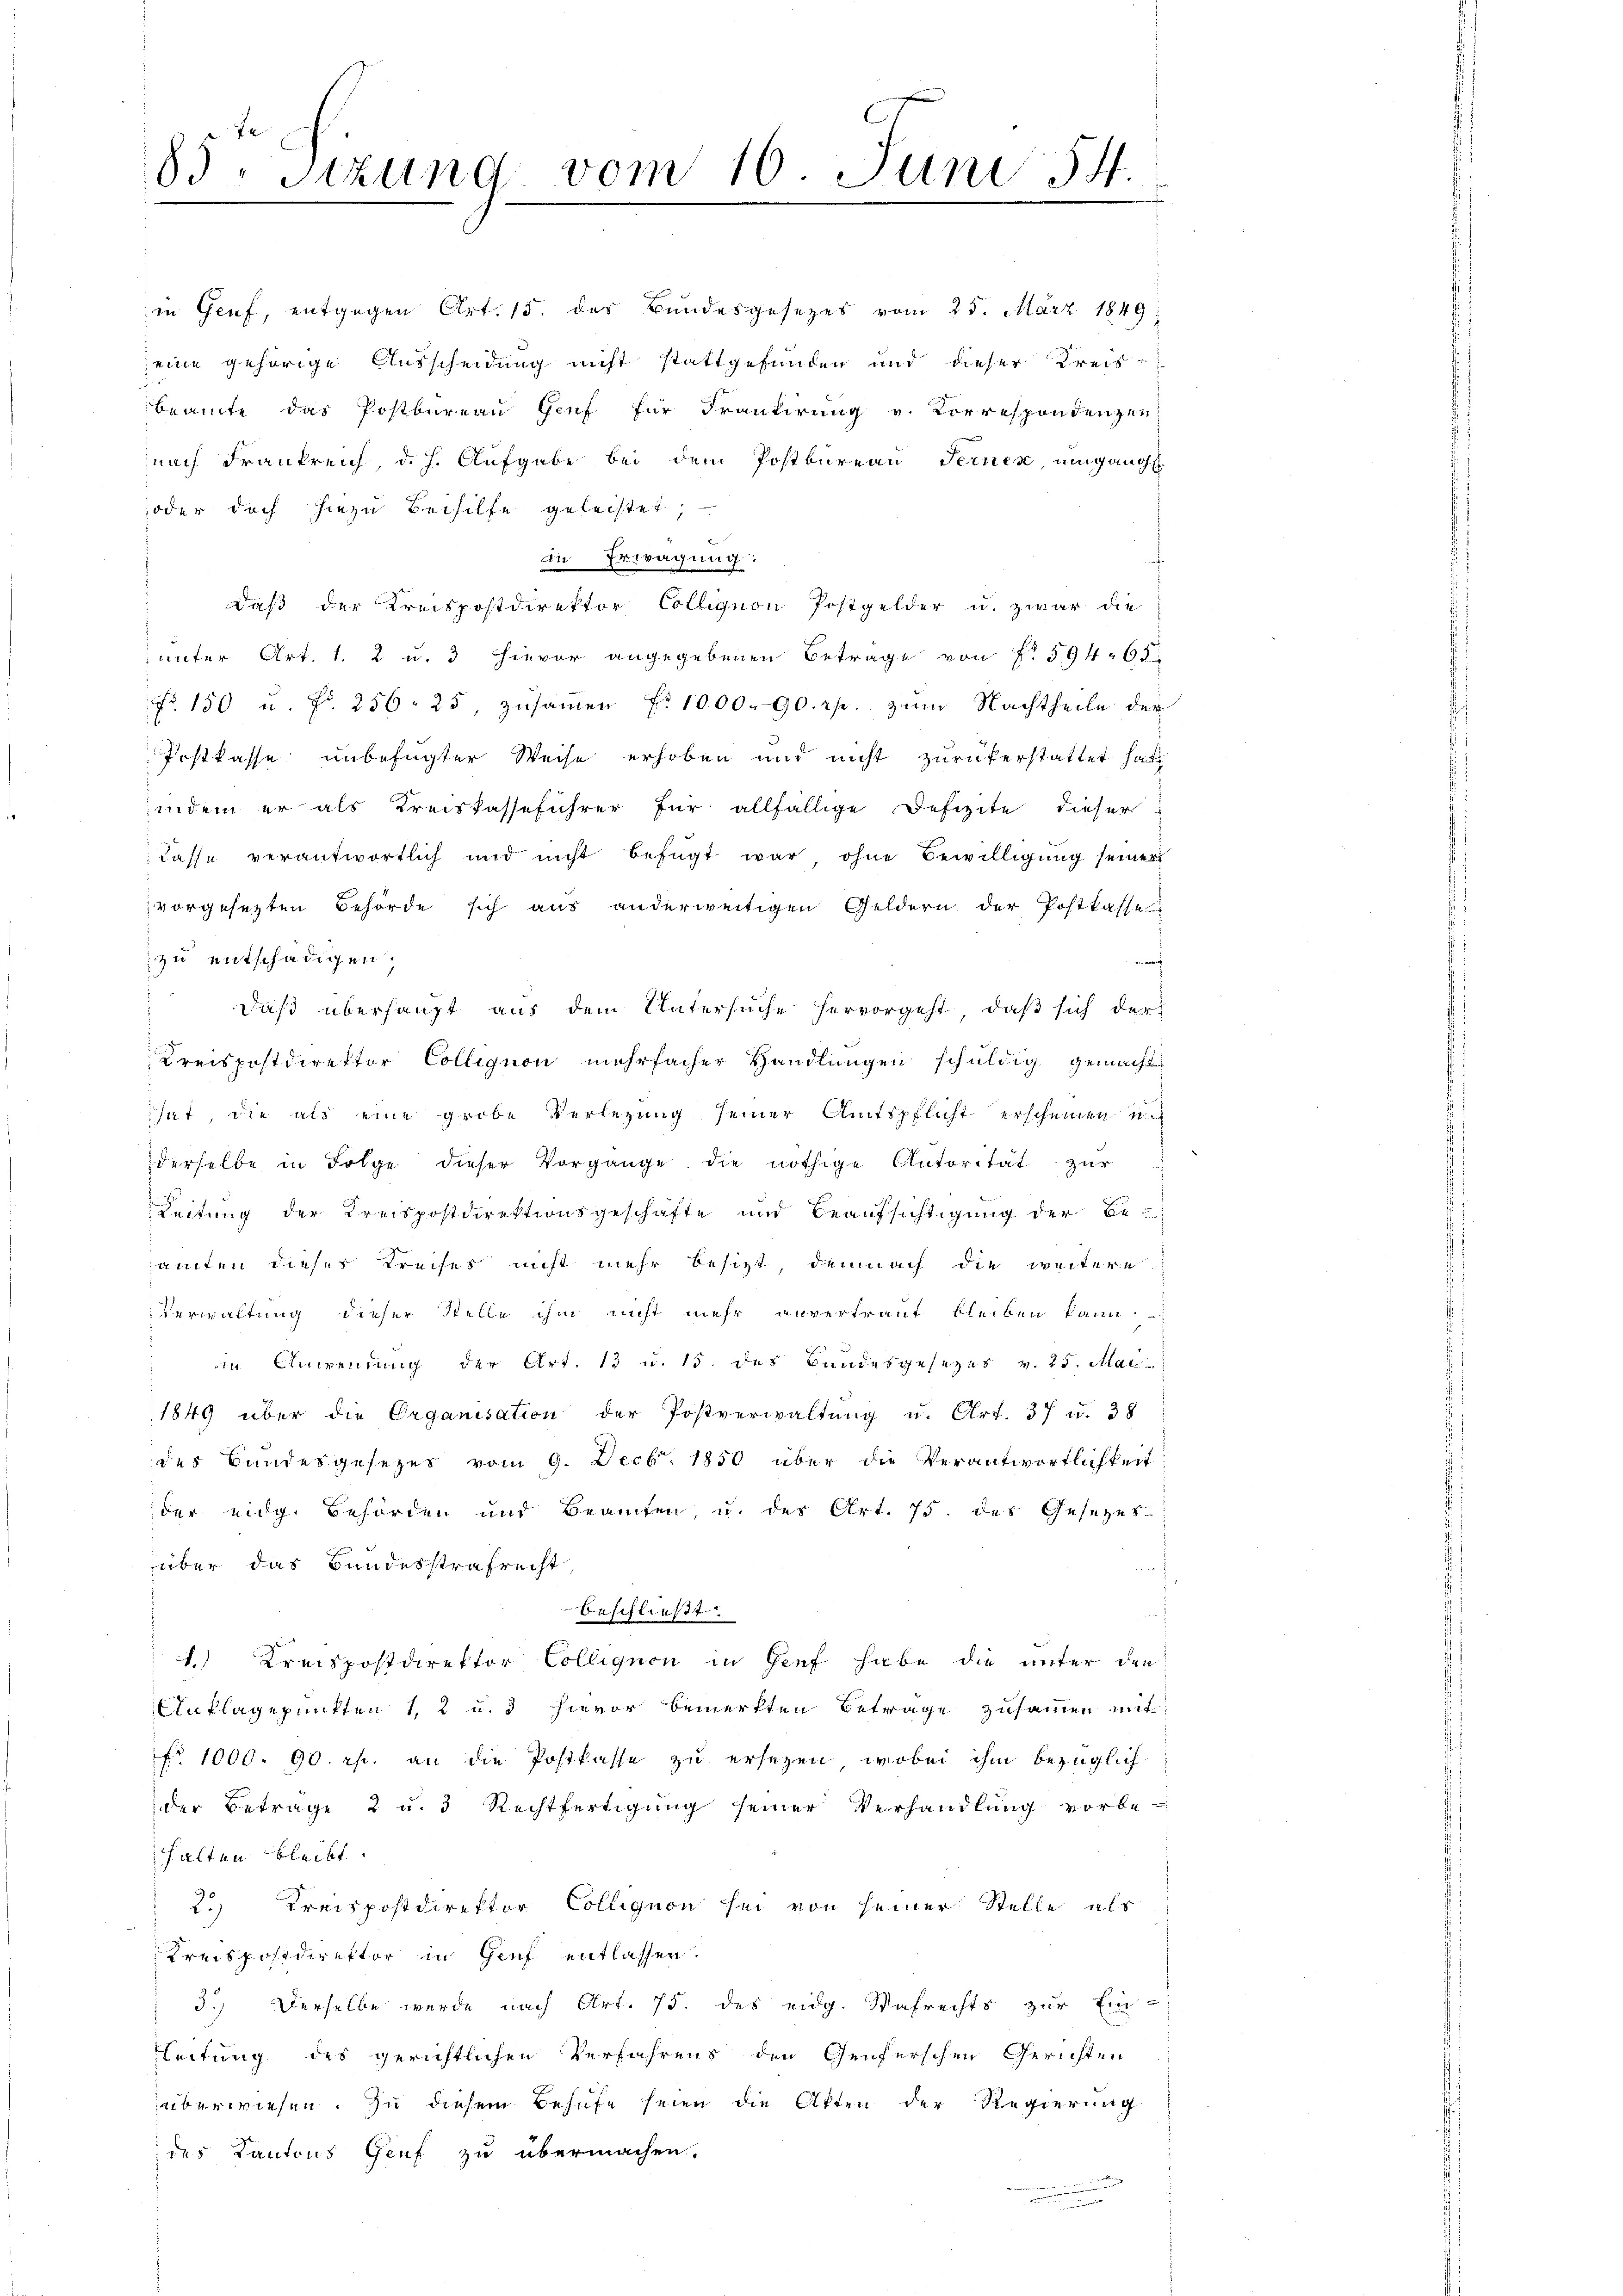
83. Sitzung vom 10. Juni 54.

zu entschädigen.
s
Leitung der Kreispostdirektionsgeschäfte und Beaufsichtigung der Beamten dieses Kreises nicht mehr besizt, demnach die weitere
Verwaltung dieser Stelle ihm nicht mehr unvertraut bleiben kann
in Anwendung der Art. 13 u. 15. des Bundesgesezes v. 25. Mai
1849 über die Organisation der Postverwaltŭng u. Art. 37 u. 38
des Bundesgesezes vom 9. Decbr. 1850 über die Verantwortlichkeit
der eidg. Behörden und Beamten, u. des Art. 75. des Gesezes-
über das Bundesstrafrecht
beschließt:
1. Kreispostdirektor Colligion in Genf habe die unter den
Unklagepunkten 1, 2 u. 3 hievor bemerkten Betrage zusammen mit
fr 1000. 90. r. an die Postkasse zu ersezen, wobei ihm bezüglich
der Betrage 2 u. 3 Rechtfertigung seiner Verhandlung vorbe-
halten bleibt.
2.) Kreispostdirektor Collegion sei von seiner Stelle als
Kreispostdirektor in Genf entlassen.
3.) Derselbe wurde nach Art. 75. des eidg. Wafrechts zur Ein-
leitung des gerichtlichen Verfahrens den Genferschen Gerichten
überwiesen. Zu diesem Behufe seien die Akten der Regierung
des Kantons Genf zu übermachen.

in Genf, entgegen Art. 15. des Bundesgesezes vom 25. März 1849;
eine gehörige Ausscheidung nicht stattgefunden und dieser Kreis-
beamte das Postbureau Genf für Frankirung v. Korrespondenzen
nach Frankreich, d. h. Aufgabe bei dem Postbureau Fernen, umgang
oder doch hiezu Beihilfe geleistet;
in Erwägung:
daß der Kreispostdirektor Colligion Postgelder u. zwar die
unter Art. 1. 2 u. 3 hievor angegebenen Betrage von § 594. 65
Fr. 150 u. fr. 256. 25, zŭsaṁen f. 1000. 90 rp. zŭm Nachtheile der
Postkasse unbefugter Weise erhoben und nicht zurückerstattet hat
indem er als Kreiskasseführer für allfällige Defizite dieser
Casse verantwortlich und nicht befügt war ohne Bewilligung seiner
vorgesezten Behörde sich aus anderweitigen Geldern der Postkasse

daß überhaupt aus dem Untersuche hervorgeht, daß sich der
Kreispostdirektor Collegion mehrfacher Handlungen schuldig gemacht,
hat, die als eine grobe Verlegung seiner Amtspflicht erscheinen u.
derselbe in Folge dieser Vorgänge die nöthige Antorität zur